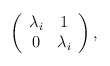
\begin{align*}\left( \begin{array}{cc} \lambda_i & 1 \\ 0 & \lambda_i \end{array} \right), \end{align*}